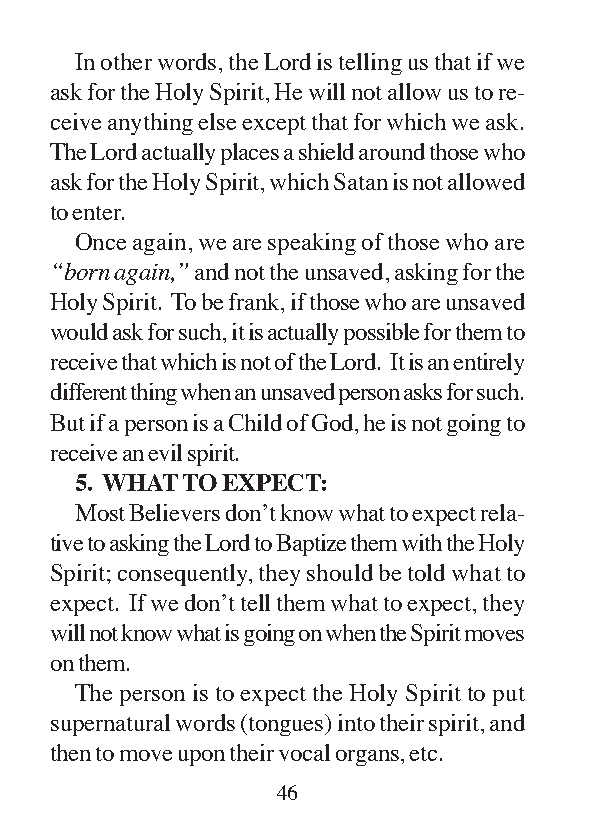
In other words, the Lord is telling us that if we
 ask for the Holy Spirit, He will not allow us to re-
 ceive anything else except that for which we ask.
 The Lord actually places a shield around those who
 ask for the Holy Spirit, which Satan is not allowed
 to enter.
 Once again, we are speaking of those who are
 “born again,” and not the unsaved, asking for the
 Holy Spirit. To be frank, if those who are unsaved
 would ask for such, it is actually possible for them to
 receive that which is not of the Lord. It is an entirely
 different thing when an unsaved person asks for such.
 But if a person is a Child of God, he is not going to
 receive an evil spirit.
 5. WHAT TO EXPECT:
 Most Believers don’t know what to expect rela-
 tive to asking the Lord to Baptize them with the Holy
 Spirit; consequently, they should be told what to
 expect. If we don’t tell them what to expect, they
 will not know what is going on when the Spirit moves
 on them.
 The person is to expect the Holy Spirit to put
 supernatural words (tongues) into their spirit, and
 then to move upon their vocal organs, etc.
 46